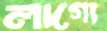
লাগ্যে